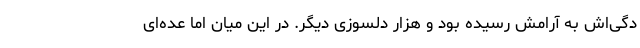
دگی‌اش به آرامش رسیده بود و هزار دلسوزی دیگر. در این میان اما عده‌ای